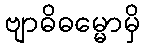
ဗျာဓိဓမ္မောမှိ